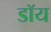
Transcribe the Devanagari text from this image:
डॉय